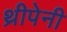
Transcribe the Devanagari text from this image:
थ्रीपेनी